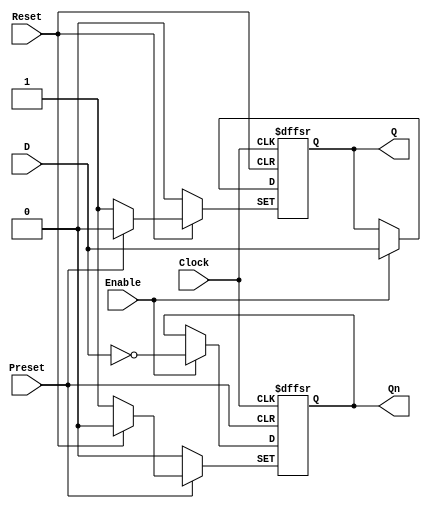
module d_flip_flop (
    output reg Q, Qn,
    input wire D, Clock, Enable, Reset, Preset    
);

    always @ (posedge Clock or negedge Reset or negedge Preset)
        begin
            if (!Reset)
                begin
                    Q <= 0;
                    Qn <= 1;
                end
            else if (!Preset)
                begin
                    Q <= 1;
                    Qn <= 0;
                end
            else
                if (Enable)
                    begin
                        Q <= D;
                        Qn <= ~D;
                    end
        end

endmodule

module tb_d_flip_flop();

    wire q, qn;
    reg d, clock, enable, reset, preset;

    d_flip_flop comp_1(.Q(q), .Qn(qn), .D(d), .Clock(clock), .Enable(enable), .Reset(reset), .Preset(preset));

    // Clock
    initial
        begin
            clock = 1'b0;
        end

    always
        begin
            #1 clock = ~clock;
        end

    // Enable
    initial
        begin
            enable = 1'b0;
        end
    always
        begin
            #5 enable = ~enable;
        end

    // Reset
    initial
        begin
            reset = 1'b1;
        end

    // Preset
    initial
        begin
            preset = 1'b1;
        end

    // General
    initial
        begin
            $dumpfile("d_flip_flop.vcd");
            $dumpvars(0, tb_d_flip_flop);
            d = 1'b0;
            #2 d = 1'b1;
            #2 d = 1'b1;
            #2 d = 1'b0;
            #2 d = 1'b0;
            #2 d = 1'b0;
            #2 d = 1'b1;
            #2 d = 1'b0;
            #2 d = 1'b1;
            #2 d = 1'b1;
            #2 d = 1'b0;
            #2 d = 1'b0;
            #2 d = 1'b0;
            #2 d = 1'b1;
            #2 d = 1'b0;
            $finish;
        end

endmodule